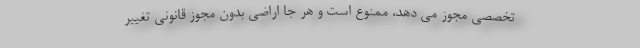
تخصصی مجوز می دهد، ممنوع است و هر جا اراضی بدون مجوز قانونی تغییر